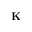
\mathbf { K }